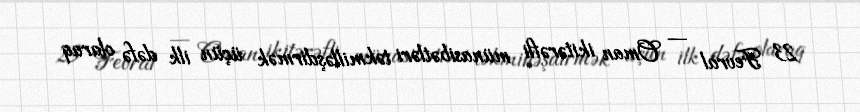
23 Fevral — Oman ikitərəfli münasibətləri təkmilləşdirmək üçün ilk dəfə olaraq